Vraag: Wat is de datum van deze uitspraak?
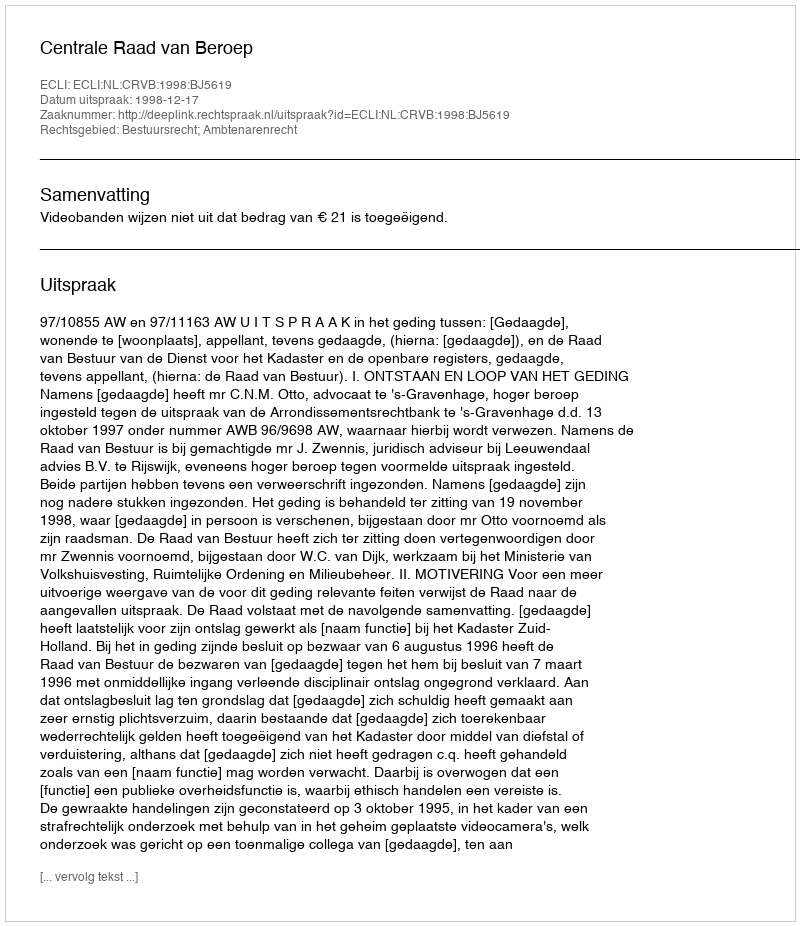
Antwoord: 1998-12-17